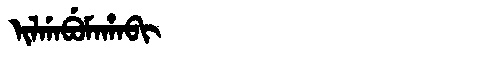
Manchu: ᡳᠯᡤᠠᠪᡠᠮᠠᡥᠠᠪᡳ
Romanization: ILGABUMAHABI